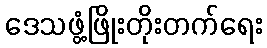
ဒေသဖွံ့ဖြိုးတိုးတက်ရေး